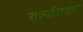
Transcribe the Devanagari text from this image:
राज्यांविरुद्धच्या